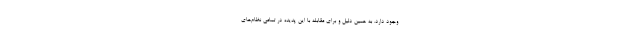
وجود دارد. به همین دلیل و برای مقابله با این پدیده در تمامی نظام‌های